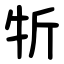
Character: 㸫